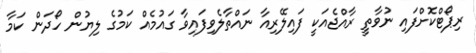
ރިޕޯޓްކޮށްފައި ނުވާތީ ރާއްޖެއަކީ ފައިލޭރިއާ ނައްތާލެވިފައިވާ ގައުމެއް ކަމުގެ ލިޔުން ހޯދަން ކަމާ